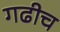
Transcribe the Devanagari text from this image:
गढीच